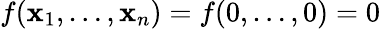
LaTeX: f(\mathbf{x}_{1},\dots,\mathbf{x}_{n})=f(0,\dots,0)=0